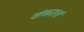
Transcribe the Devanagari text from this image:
शंकराचं